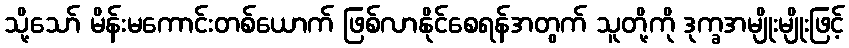
သို့သော် မိန်းမကောင်းတစ်ယောက် ဖြစ်လာနိုင်စေရန်အတွက် သူတို့ကို ဒုက္ခအမျိုးမျိုးဖြင့်